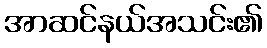
အာဆင်နယ်အသင်း၏